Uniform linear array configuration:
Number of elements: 48
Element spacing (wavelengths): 0.5
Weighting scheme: blackman
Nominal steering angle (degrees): -15
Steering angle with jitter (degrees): -15.789
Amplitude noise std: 0.05
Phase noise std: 0.05

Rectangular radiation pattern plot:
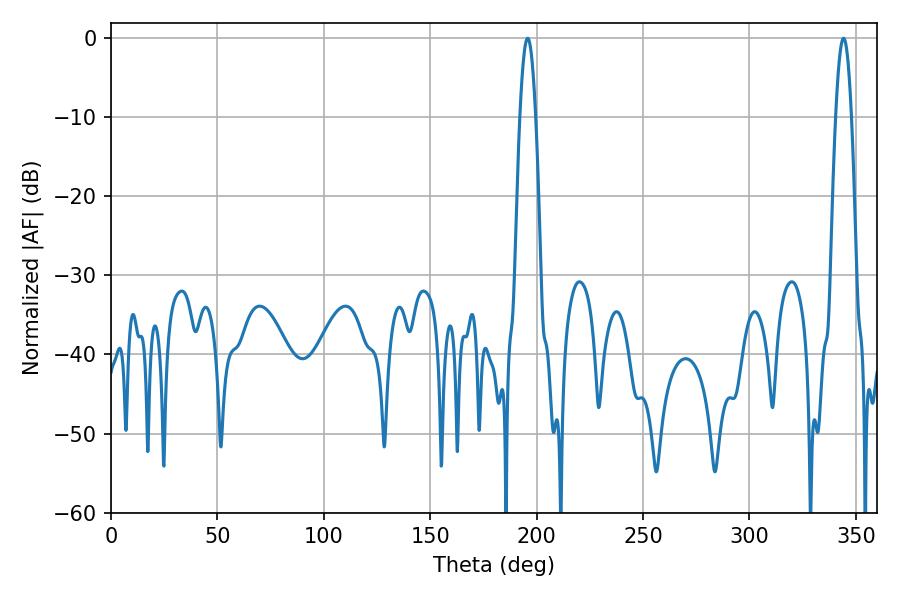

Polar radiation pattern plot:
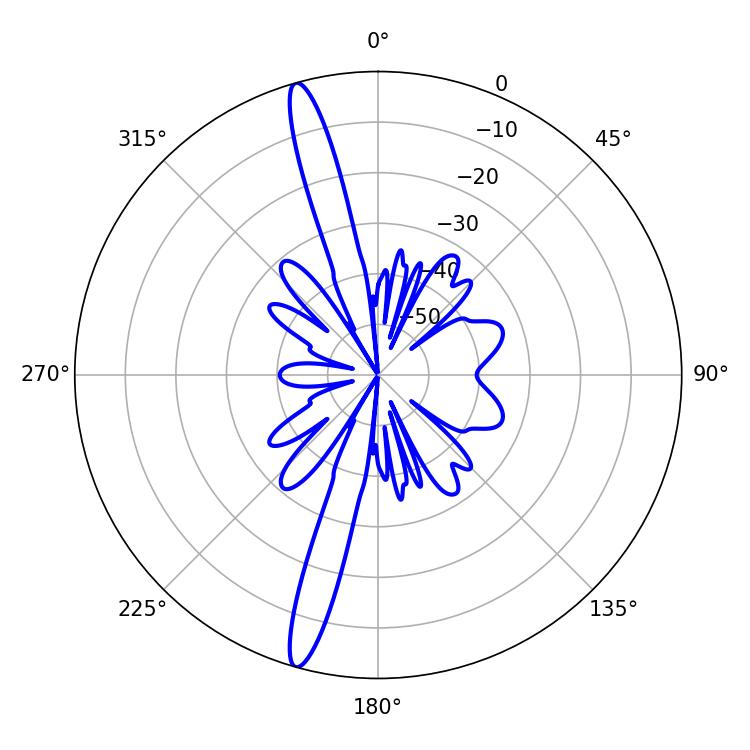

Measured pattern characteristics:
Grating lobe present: FALSE
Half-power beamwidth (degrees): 3.96
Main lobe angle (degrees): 195.84